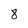
Character: 8